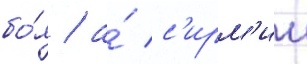
бо́я / а́ с'ирм'ии